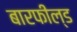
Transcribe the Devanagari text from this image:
बारफील्ड